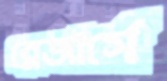
ব্লেজার্সে